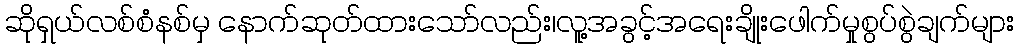
ဆိုရှယ်လစ်စံနစ်မှ နောက်ဆုတ်ထားသော်လည်း၊လူ့အခွင့်အရေးချိုးဖေါက်မှုစွပ်စွဲချက်များ